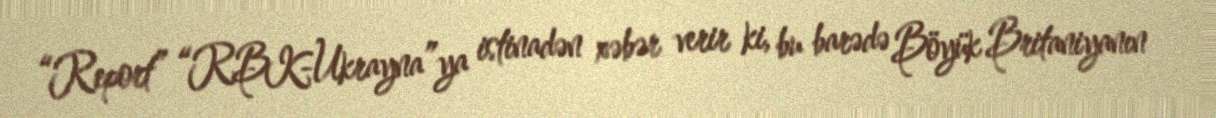
“Report” “RBK-Ukrayna”ya istinadən xəbər verir ki, bu barədə Böyük Britaniyanın